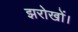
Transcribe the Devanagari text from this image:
झरोखों।